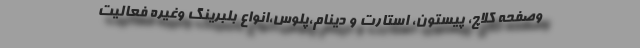
وصفحه کلاچ، پیستون، استارت و دینام،پلوس،انواع بلبرینگ وغیره فعالیت